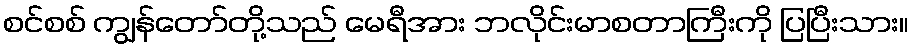
စင်စစ် ကျွန်တော်တို့သည် မေရီအား ဘလိုင်းမာစတာကြီးကို ပြပြီးသား။